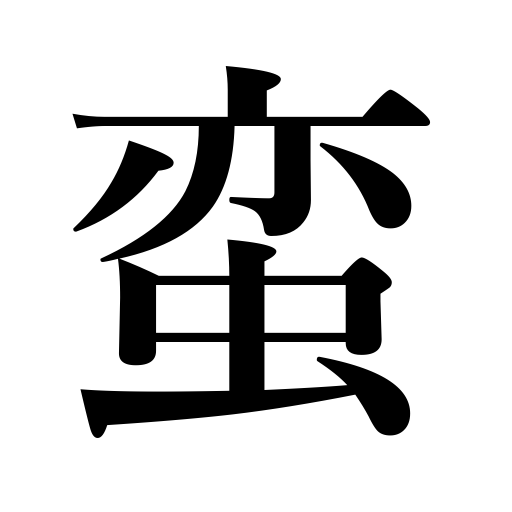
Meanings: barbarian